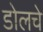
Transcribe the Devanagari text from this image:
डोलचे